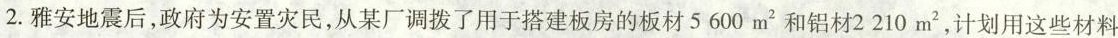
2.雅安地震后，政府为安置灾民，从某厂调拨了用于搭建板房的板材5600m^{2}和铝材2210m^{2}，计划用这些材料